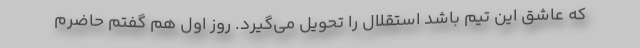
که عاشق این تیم باشد استقلال را تحویل می‌گیرد. روز اول هم گفتم حاضرم